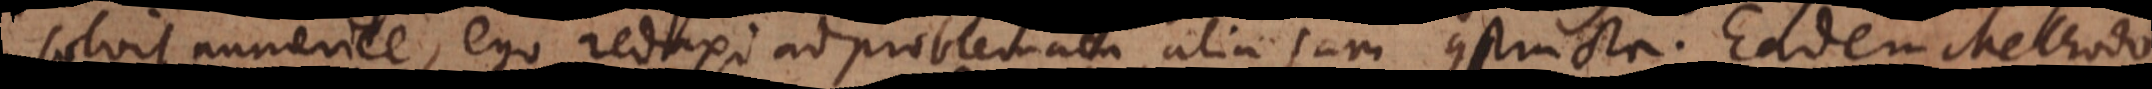
solvit numerice, ego reduxi ad problemata alia jam constructa. Eadem Methodo